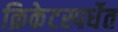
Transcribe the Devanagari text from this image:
क्रिकेटस्पर्धेत